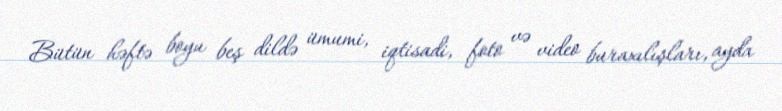
Bütün həftə boyu beş dildə ümumi, iqtisadi, foto və video buraxılışları, ayda